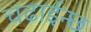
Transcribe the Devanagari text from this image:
चढाईन्छ